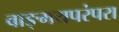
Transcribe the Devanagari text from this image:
वाङ्मयपरंपरा